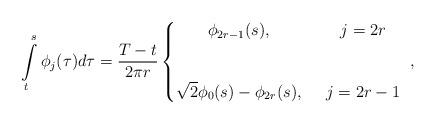
LaTeX: \begin{align*}\int\limits_t^s\phi_j(\tau)d\tau=\frac{T-t}{2\pi r}\left\{\begin{matrix}\phi_{2r-1}(s),\ &\ j=2r\cr\cr\cr\sqrt{2}\phi_0(s)-\phi_{2r}(s),\ &\ j=2r-1\end{matrix}\right.\ ,\end{align*}